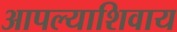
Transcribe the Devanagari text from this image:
आपल्याशिवाय